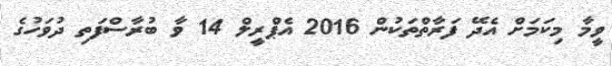
ވީމާ މިކަމަށް އެދޭ ފަރާތްތަކުން 2016 އެޕްރީލް 14 ވާ ބުރާސްފަތި ދުވަހުގެ